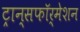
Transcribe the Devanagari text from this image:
ट्रान्सफॉर्मेशन